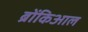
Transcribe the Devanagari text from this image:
ब्रोंकिआल